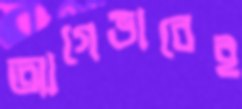
আগেভাবেই